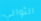
الثواني